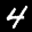
Label: 4